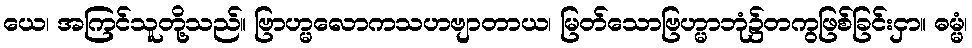
ယေ၊ အကြင်သူတို့သည်။ ဗြာဟ္မလောကသဟဗျာတာယ၊ မြတ်သောဗြဟ္မာဘုံ၌တကွဖြစ်ခြင်းငှာ။ ဓမ္မံ၊